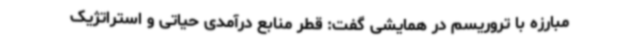
مبارزه با تروریسم در همایشی گفت: قطر منابع درآمدی حیاتی و استراتژیک